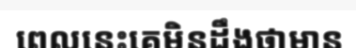
ពេលនេះគេមិនដឹងថាមាន